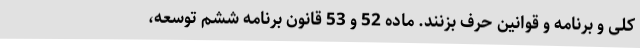
کلی و برنامه و قوانین حرف بزنند. ماده 52 و 53 قانون برنامه ششم توسعه،